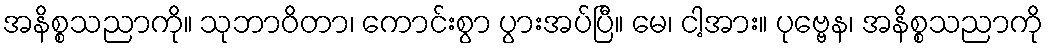
အနိစ္စသညာကို။ သုဘာဝိတာ၊ ကောင်းစွာ ပွားအပ်ပြီ။ မေ၊ ငါ့အား။ ပုဗ္ဗေန၊ အနိစ္စသညာကို